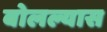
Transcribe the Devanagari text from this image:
बोलल्यास